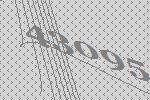
43095